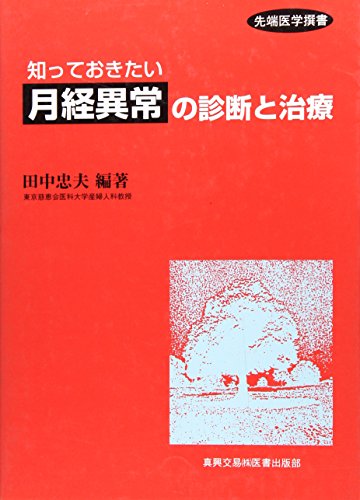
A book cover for Diagnosis and treatment of abnormal menstruation that I want to know (tip medicine Sen manual) (2001) ISBN: 4880036447 [Japanese Import]; Tadao Tanaka; Health, Fitness & Dieting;